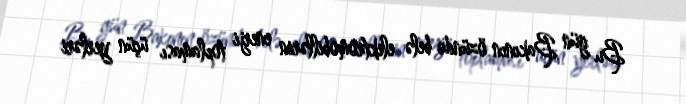
Bu gün Bakının özündə belə elektromobillərin enerji toplaması üçün yerləri